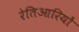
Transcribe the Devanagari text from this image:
रेतिआरियों